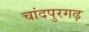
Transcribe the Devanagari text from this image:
चांदपुरगढ़